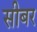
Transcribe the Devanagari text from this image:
सीबर